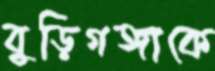
বুড়িগঙ্গাকে